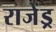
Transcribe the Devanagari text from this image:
राजेंड्र